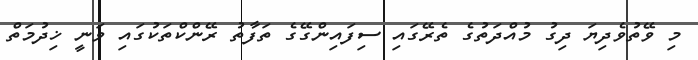
މި ވޭތުވެދިޔަ ދިގު މުއްދަތުގެ ތެރޭގައި ސިފައިންގޭގެ ތަފާތު ރޭންކްތަކުގައި ވަނީ ޚިދުމަތް